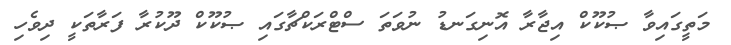
މަތީގައިވާ ޞުކޫކް އިޖާރާ އޮނިގަނޑު ނުވަތަ ސްޓްރަކްޗާގައި ޞުކޫކް ދޫކުރާ ފަރާތަކީ ދިވެހި